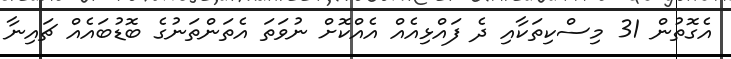
އެގޮތުން 31 މިސްކިތަކާއި ދެ ފައްޅިއެއް އެއްކޮށް ނުވަތަ އެތަންތަނުގެ ބޮޑުބައެއް ޗައިނާ